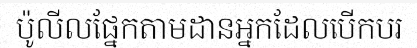
ប៉ូលីលផ្នែកតាមដានអ្នកដែលបើកបរ